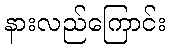
နားလည်ကြောင်း